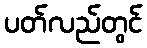
ပတ်လည်တွင်